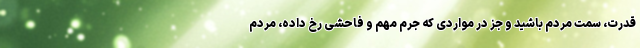
قدرت، سمت مردم باشید و جز در مواردی که جرم مهم و فاحشی رخ داده، مردم